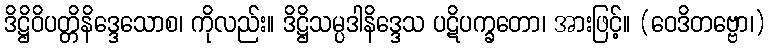
ဒိဋ္ဌိဝိပတ္တိနိဒ္ဒေသောစ၊ ကိုလည်း။ ဒိဋ္ဌိသမ္ပဒါနိဒ္ဒေသ ပဋိပက္ခတော၊ အားဖြင့်။ (ဝေဒိတဗ္ဗော၊)